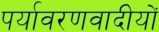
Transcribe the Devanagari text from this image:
पर्यावरणवादीयों